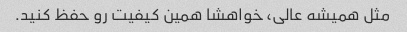
مثل همیشه عالی، خواهشا همین کیفیت رو حفظ کنید.